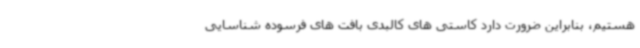
هستیم، بنابراین ضرورت دارد کاستی های کالبدی بافت های فرسوده شناسایی